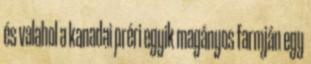
és valahol a kanadai préri egyik magányos farmján egy